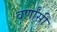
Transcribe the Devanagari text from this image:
वर्णांसी